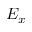
E _ { x }